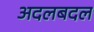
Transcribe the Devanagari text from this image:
अदलबदल